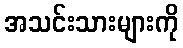
အသင်းသားများကို